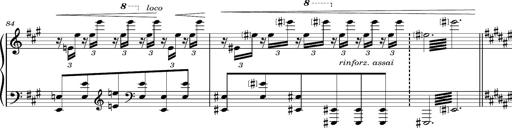
Title: Cavatine de Robert le Diable
Composer: Franz Liszt
Key: F-sharp minor